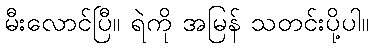
မီးလောင်ပြီ။ ရဲကို အမြန် သတင်းပို့ပါ။